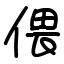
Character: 偎